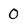
Character: 0